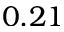
0 . 2 1